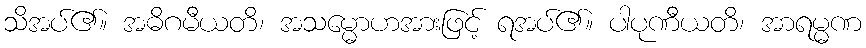
သိအပ်၏။ အဓိဂမီယတိ၊ အသမ္မောဟအားဖြင့် ရအပ်၏။ ပါပုဏီယတိ၊ အာရမ္မဏ